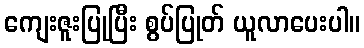
ကျေးဇူးပြုပြီး စွပ်ပြုတ် ယူလာပေးပါ။